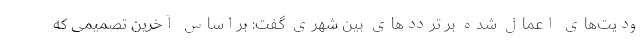
ودیت‌های اعمال شده بر ترددهای بین شهری گفت: براساس آخرین تصمیمی که